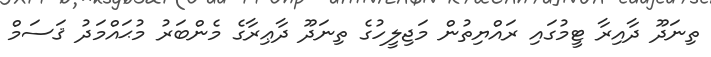
ތިނަދޫ ދާއިރާ ޓީމުގައި ރައްޔިތުން މަޖިލީހުގެ ތިނަދޫ ދާޢިރާގެ މެންބަރު މުޙައްމަދު ޤަސަމް